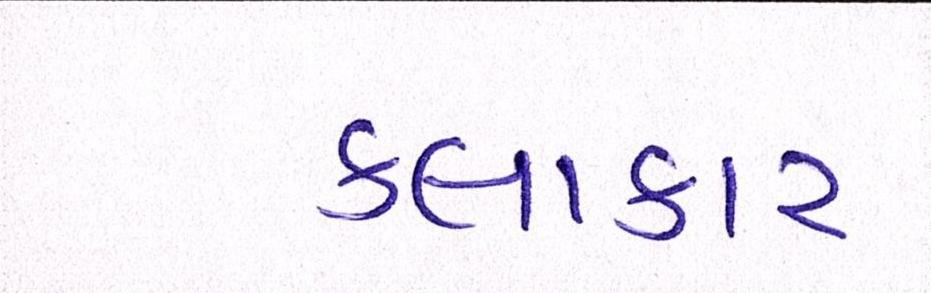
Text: કલાકાર